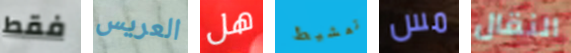
فقط العريس هل تمشيط مس النقال